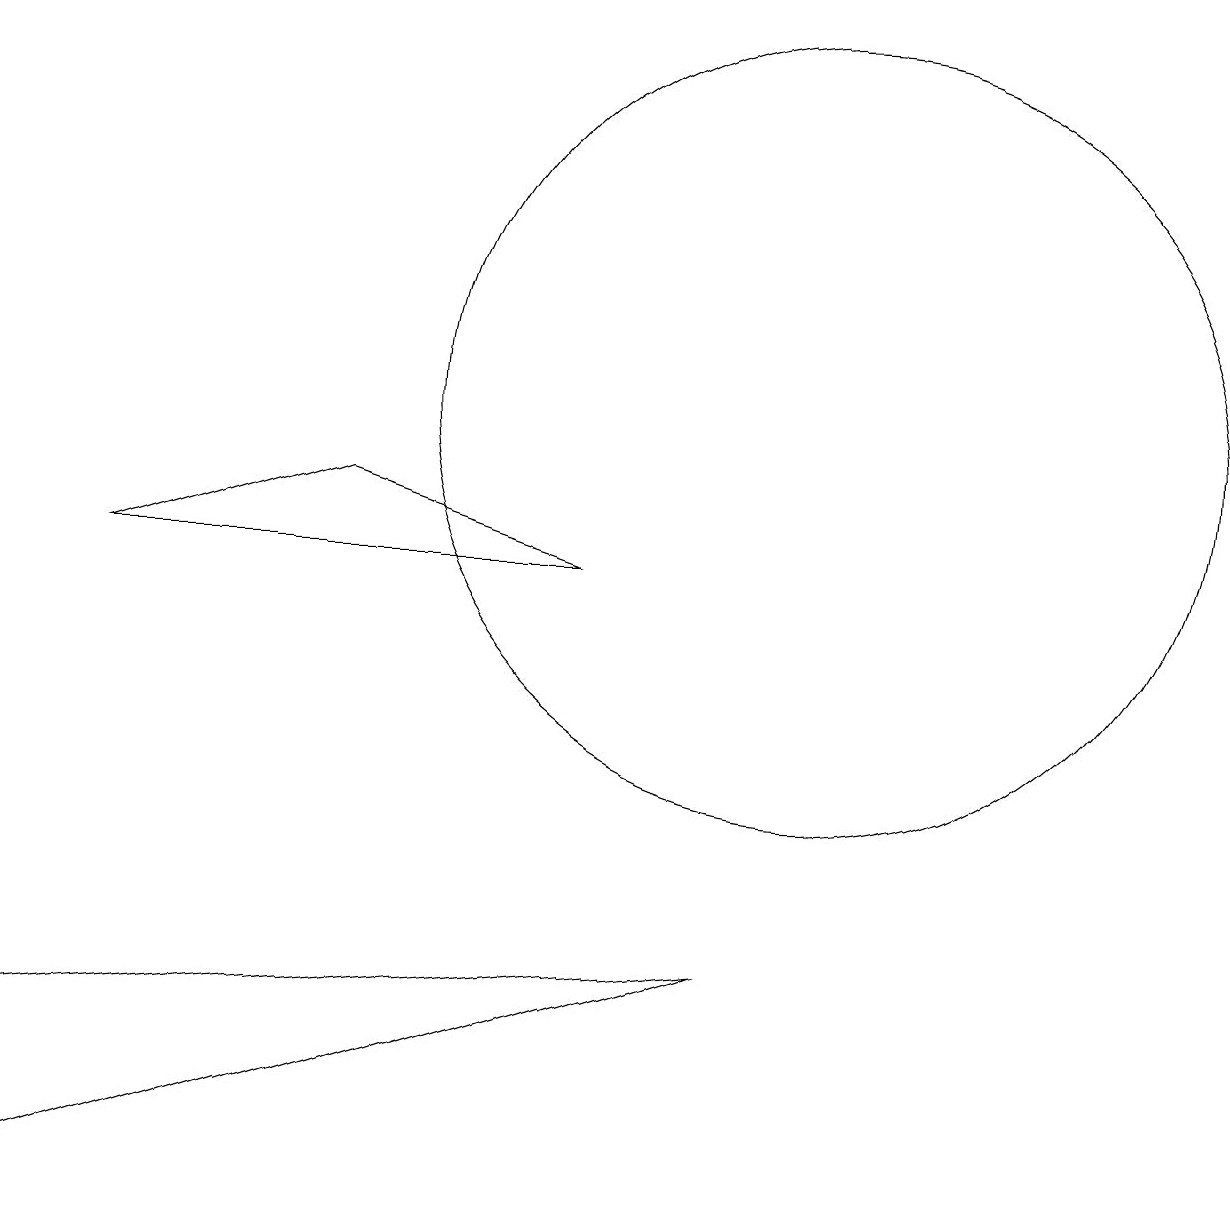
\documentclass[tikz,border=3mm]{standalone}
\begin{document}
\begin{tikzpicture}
\draw (4,9) -- (1,8) -- (7,8) -- cycle;
\draw (9,3) -- (0,2) -- (0,0) -- cycle;
\draw (10,10) circle (5);
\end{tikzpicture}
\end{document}